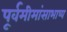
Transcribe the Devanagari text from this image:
पूर्वमीमांसाभाष्य